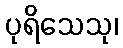
ပုရိသေသု၊